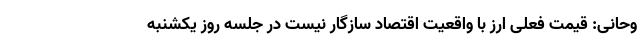
وحانی: قیمت فعلی ارز با واقعیت اقتصاد سازگار نیست در جلسه روز یکشنبه